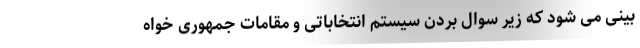
بینی می شود که زیر سوال بردن سیستم انتخاباتی و مقامات جمهوری خواه